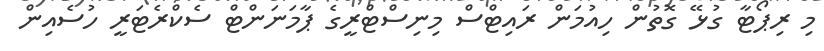
މި ރިޕޯޓާ ގުޅޭ ގޮތުން ހިއުމަން ރައިޓްސް މިނިސްޓްރީގެ ޕާމަނަންޓް ސެކްރެޓަރީ ހުސެއިން